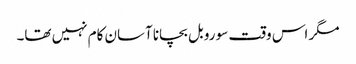
مگر اس وقت سو روبل بچانا آسان کام نہیں تھا۔